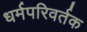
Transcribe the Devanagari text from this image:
धर्मपरिवर्तक